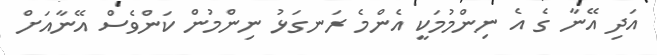
އަދި އޭނާ ގެ އެ ނިންމުމަކީ އެންމެ ރަނގަޅު ނިންމުން ކަންވެސް އޭނާއަށް